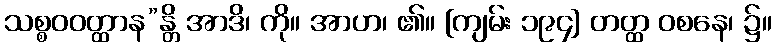
သစ္စဝဝတ္ထာန”န္တိ အာဒိ၊ ကို။ အာဟ၊ ၏။ [ကျမ်း ၁၉၄] တတ္ထ ဝစနေ၊ ၌။